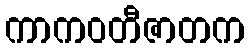
ကာကဝတီဇာတက